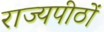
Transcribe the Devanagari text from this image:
राज्यपीठों